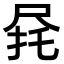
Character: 𫵟